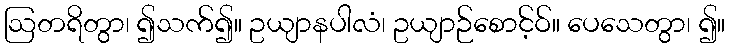
ဩတရိတွာ၊ ၍သက်၍။ ဥယျာနပါလံ၊ ဥယျာဉ်စောင့်ဝ်။ ပေသေတွာ၊ ၍။